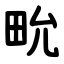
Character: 㽙